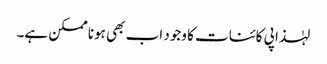
لہٰذا پی کائنات کا وجود اب بھی ہونا ممکن ہے۔